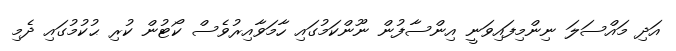
އަދި މައްސަލަ ނިންމިފައިވަނީ އިންސާފުން ނޫންކަމުގައި ހާމަވާއިރުވެސް ކޯޓުން ކުރި ޙުކުމުގައި ދެމި